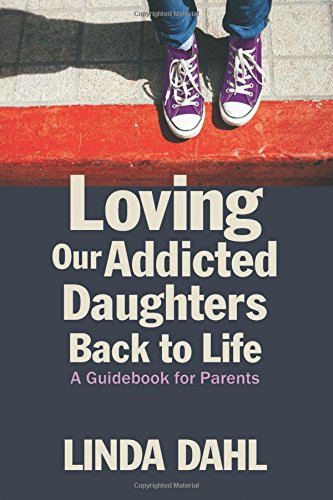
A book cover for Loving Our Addicted Daughters Back to Life: A Guidebook for Parents; Linda Dahl; Parenting & Relationships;